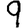
Digit: 9